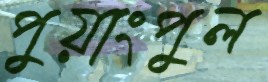
পুয়াংপুল